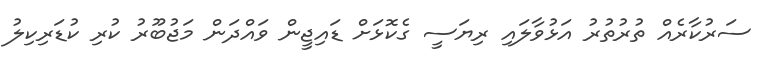
ސަރުކާރެއް ތުރުތުރު އަޅުވާލައި ރިޔަސީ ގެކޮޅަށް ޑައިޖީން ވައްދަން މަޖުބޫރު ކުރި ކުޑަރިކިލު